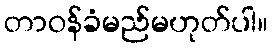
တာဝန်ခံမည်မဟုတ်ပါ။